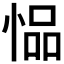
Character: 𫺢